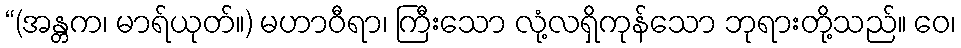
“(အန္တက၊ မာရ်ယုတ်။) မဟာဝီရာ၊ ကြီးသော လုံ့လရှိကုန်သော ဘုရားတို့သည်။ ဝေ၊